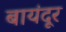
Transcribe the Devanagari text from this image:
बायंदूर